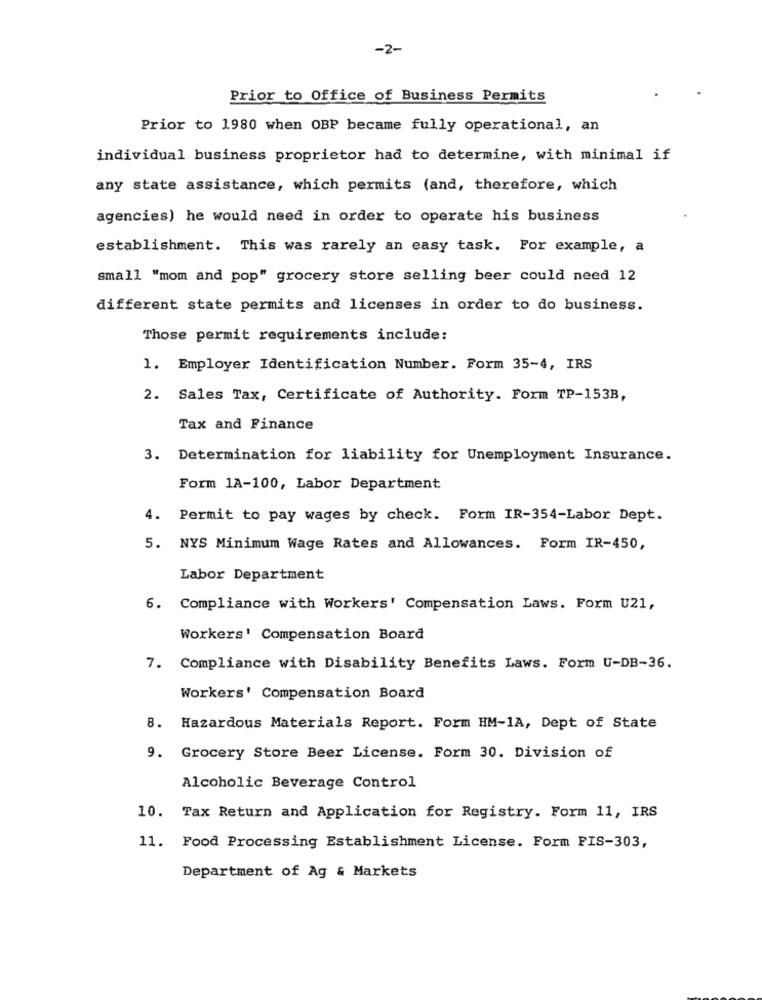
-2-
Prior to Office of Business Permits
Prior to 1980 when OBP became fully operational, an
individual business proprietor had to determine, with minimal if
any state assistance, which permits (and, therefore, which
agencies) he would need in order to operate his business
establishment. This was rarely an easy task. For example, a
small "mom and pop" grocery store selling beer could need 12
different state permits and licenses in order to do business.
Those permit requirements include:
1. Employer Identification Number. Form 35-4, IRS
2. Sales Tax, Certificate of Authority. Form TP-153B,
Tax and Finance
3. Determination for liability for Unemployment Insurance.
Form 1A-100, Labor Department
4. Permit to pay wages by check. Form IR-354-Labor Dept.
5. NYS Minimum Wage Rates and Allowances. Form IR-450,
Labor Department
6. Compliance with Workers' Compensation Laws. Form U21,
Workers' Compensation Board
7. Compliance with Disability Benefits Laws. Form U-DB-36.
Workers' Compensation Board
8. Hazardous Materials Report. Form HM-1A, Dept of State
9. Grocery Store Beer License. Form 30. Division of
Alcoholic Beverage Control
10. Tax Return and Application for Registry. Form 11, IRS
11. Food Processing Establishment License. Form PIS-303,
Department of Ag & Markets